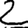
Digit: 2